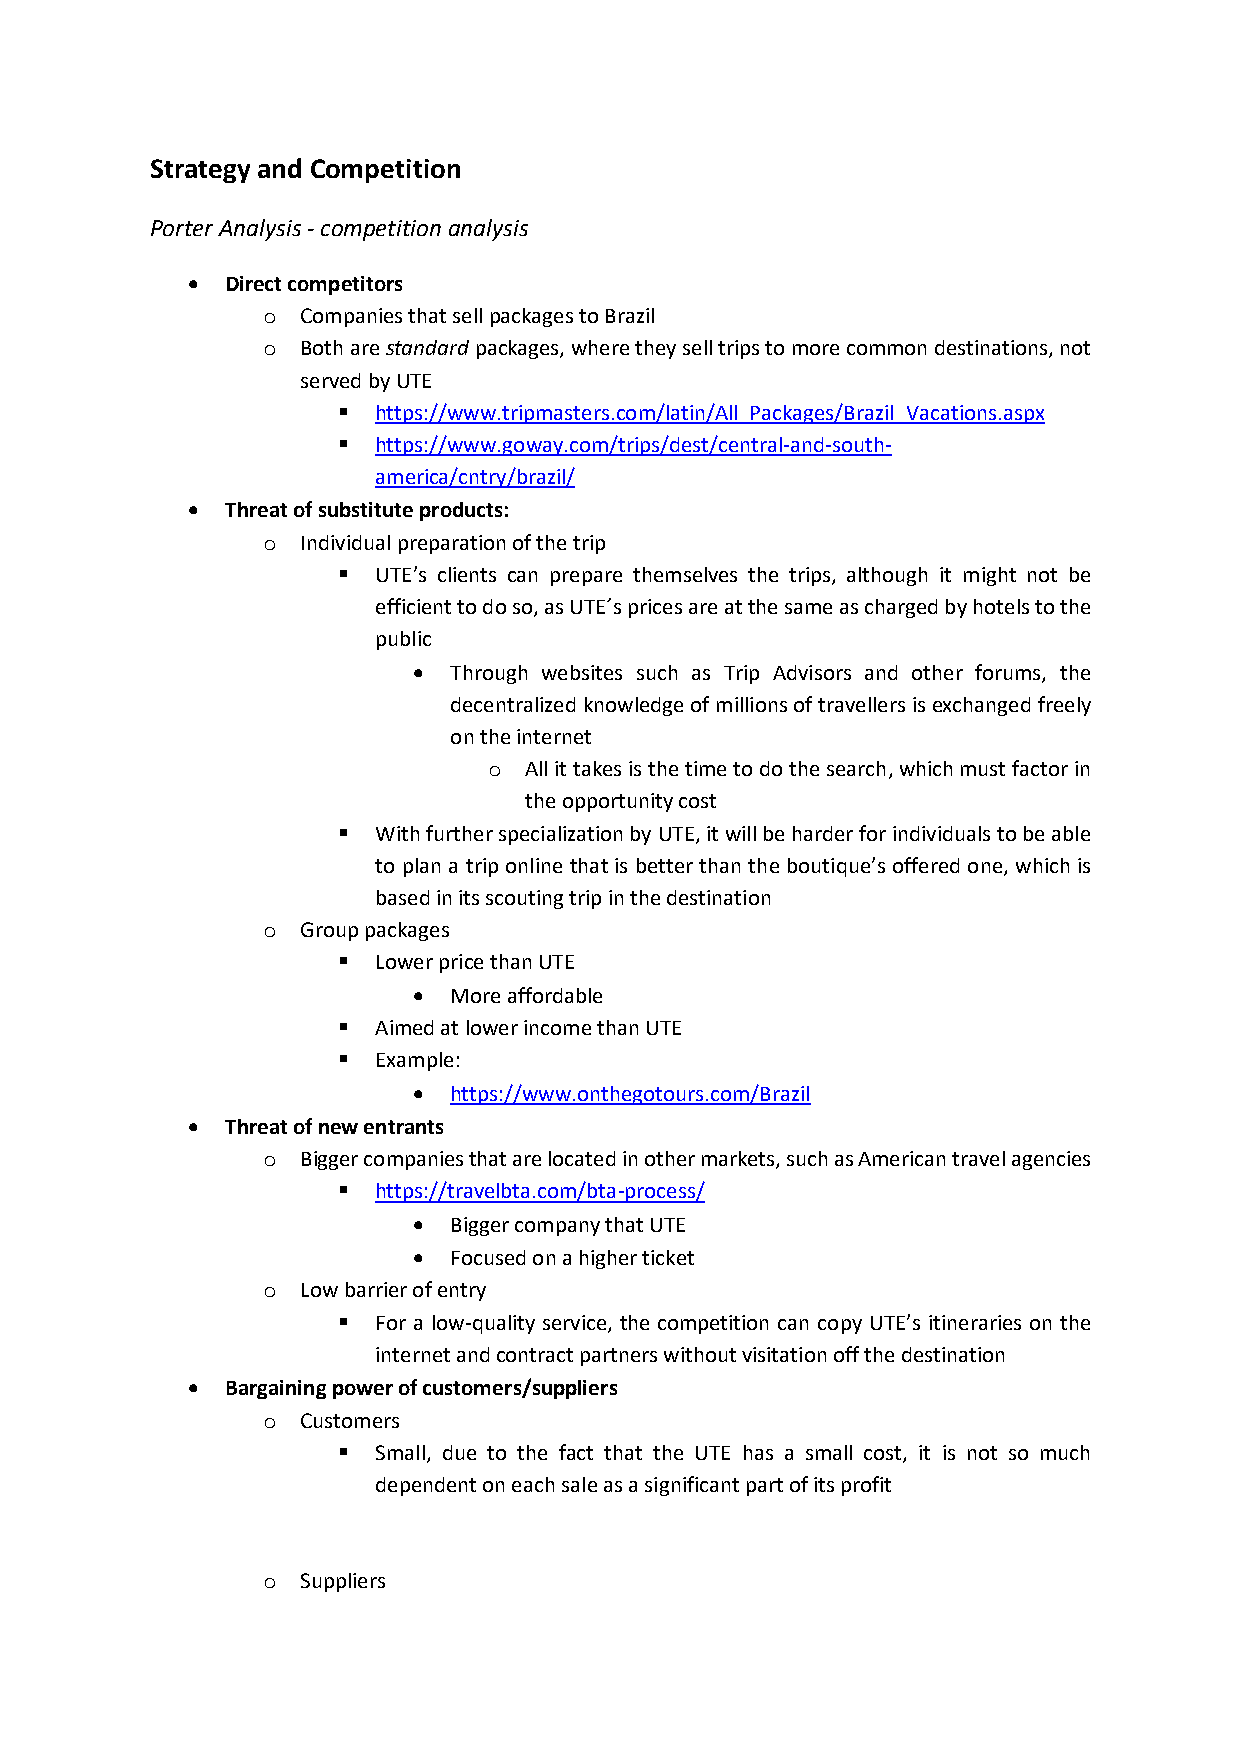
Strategy and Competition
 Porter Analysis - competition analysis
 •  Direct competitors
 o  Companies that sell packages to Brazil
 o  Both are standard packages, where they sell trips to more common destinations, not
 served by UTE
 ▪  https://www.tripmasters.com/latin/All_Packages/Brazil_Vacations.aspx
 ▪  https://www.goway.com/trips/dest/central-and-south-
 america/cntry/brazil/
 •  Threat of substitute products:
 o  Individual preparation of the trip
 ▪  UTE’s clients can prepare themselves the trips, although it might not be
 efficient to do so, as UTE´s prices are at the same as charged by hotels to the
 public
 •  Through websites such as Trip Advisors and other forums, the
 decentralized knowledge of millions of travellers is exchanged freely
 on the internet
 o  All it takes is the time to do the search, which must factor in
 the opportunity cost
 ▪  With further specialization by UTE, it will be harder for individuals to be able
 to plan a trip online that is better than the boutique’s offered one, which is
 based in its scouting trip in the destination
 o  Group packages
 ▪  Lower price than UTE
 •  More affordable
 ▪  Aimed at lower income than UTE
 ▪  Example:
 •  https://www.onthegotours.com/Brazil
 •  Threat of new entrants
 o  Bigger companies that are located in other markets, such as American travel agencies
 ▪  https://travelbta.com/bta-process/
 •  Bigger company that UTE
 •  Focused on a higher ticket
 o  Low barrier of entry
 ▪  For a low-quality service, the competition can copy UTE’s itineraries on the
 internet and contract partners without visitation off the destination
 •  Bargaining power of customers/suppliers
 o  Customers
 ▪  Small, due to the fact that the UTE has a small cost, it is not so much
 dependent on each sale as a significant part of its profit
 o  Suppliers